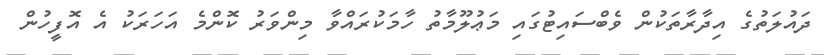
ދައުލަތުގެ އިދާރާތަކުން ވެބްސައިޓުގައި މަޢުލޫމާތު ހާމަކުރައްވާ މިންވަރު ކޮންމެ އަހަރަކު އެ އޮފީހުން